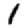
Digit: 1